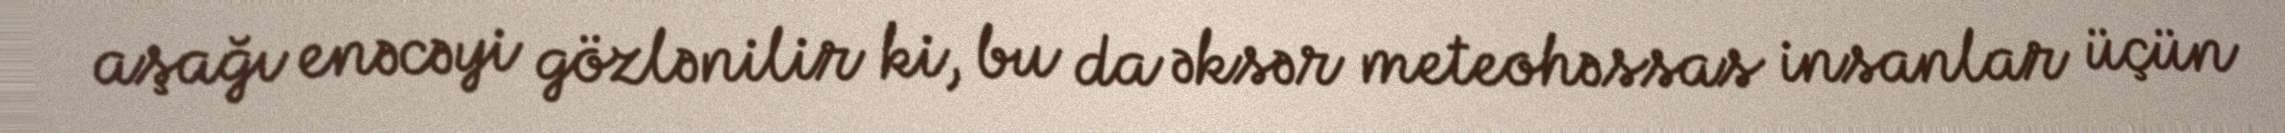
aşağı enəcəyi gözlənilir ki, bu da əksər meteohəssas insanlar üçün